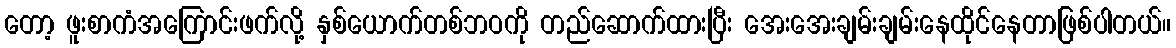
တော့ ဖူးစာကံအကြောင်းဖက်လို့ နှစ်ယောက်တစ်ဘဝကို တည်ဆောက်ထားပြီး အေးအေးချမ်းချမ်းနေထိုင်နေတာဖြစ်ပါတယ်။